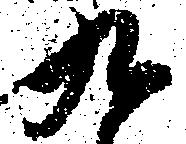
九